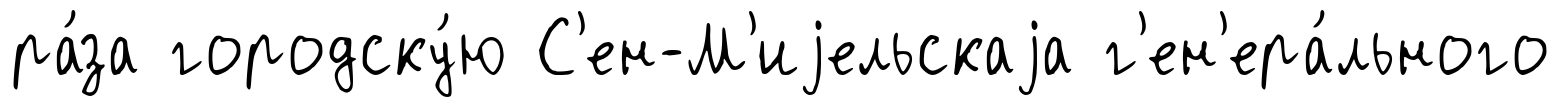
ра́за городску́ю С'ен-М'иjельскаjа г'ен'ера́льного